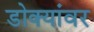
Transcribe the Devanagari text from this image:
डोक्यांवर